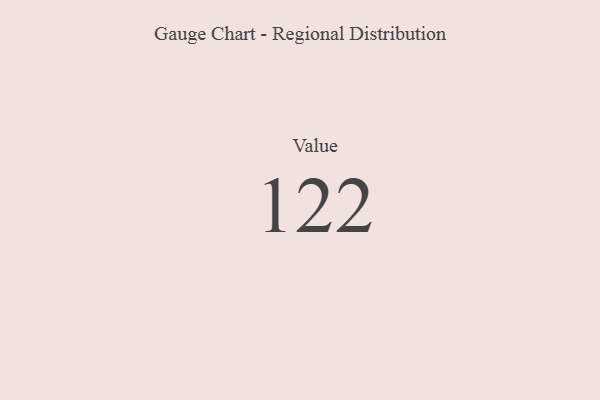
{"axis": {"x": "Metric", "y": "Value"}, "legend": [""], "data": [{"x": "Value", "y": 122, "type": ""}]}